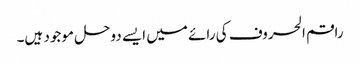
راقم الحروف کی رائے میں ایسے دوحل موجود ہیں۔